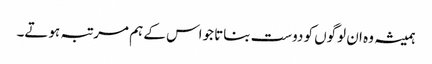
ہمیشہ وہ ان لوگوں کو دوست بناتا جواس کے ہم مر تبہ ہوتے۔